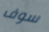
سوف